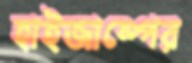
হাইজাম্পের